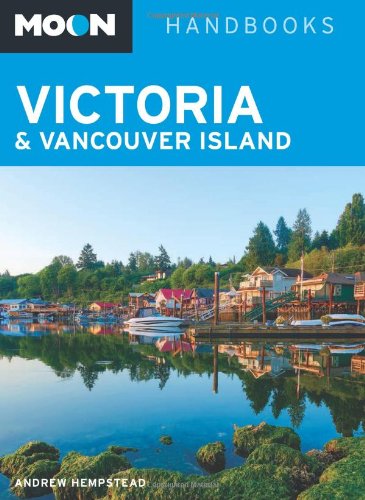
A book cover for Moon Victoria & Vancouver Island (Moon Handbooks); Andrew Hempstead; Travel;